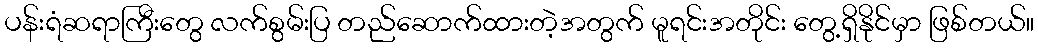
ပန်းရံဆရာကြီးတွေ လက်စွမ်းပြ တည်ဆောက်ထားတဲ့အတွက် မူရင်းအတိုင်း တွေ့ရှိနိုင်မှာ ဖြစ်တယ်။